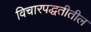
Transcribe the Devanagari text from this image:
विचारपद्धतीतील